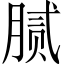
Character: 腻